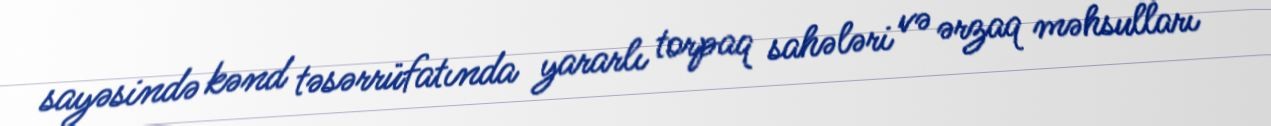
sayəsində kənd təsərrüfatında yararlı torpaq sahələri və ərzaq məhsulları